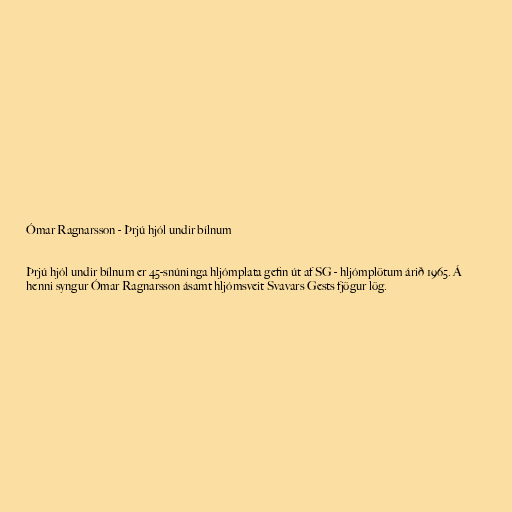
Ómar Ragnarsson - Þrjú hjól undir bílnum

Þrjú hjól undir bílnum er 45-snúninga hljómplata gefin út af SG - hljómplötum árið 1965. Á
henni syngur Ómar Ragnarsson ásamt hljómsveit Svavars Gests fjögur lög.